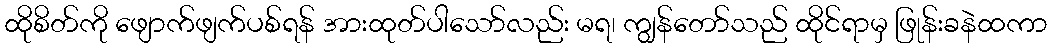
ထိုစိတ်ကို ဖျောက်ဖျက်ပစ်ရန် အားထုတ်ပါသော်လည်း မရ၊ ကျွန်တော်သည် ထိုင်ရာမှ ဖြုန်းခနဲထကာ